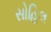
સોહિલ